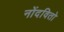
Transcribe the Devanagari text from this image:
नोंदवितो